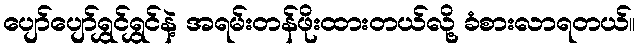
ပျော်ပျော်ရွှင်ရွှင်နဲ့ အရမ်းတန်ဖိုးထားတယ်လို့ ခံစားလာရတယ်။